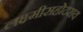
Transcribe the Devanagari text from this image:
लक्ष्मीसहोदराय